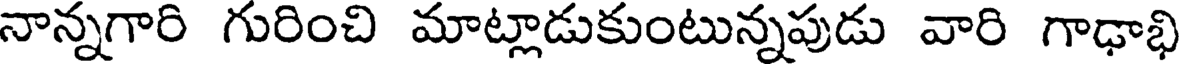
నాన్నగారి గురించి మాట్లాడుకుంటున్నపుడు వారి గాఢాభి